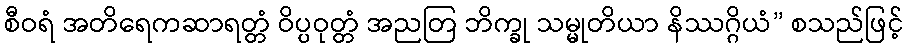
စီဝရံ အတိရေကဆာရတ္တံ ဝိပ္ပဝုတ္တံ အညတြ ဘိက္ခု သမ္မုတိယာ နိဿဂ္ဂိယံ” စသည်ဖြင့်